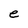
Character: e